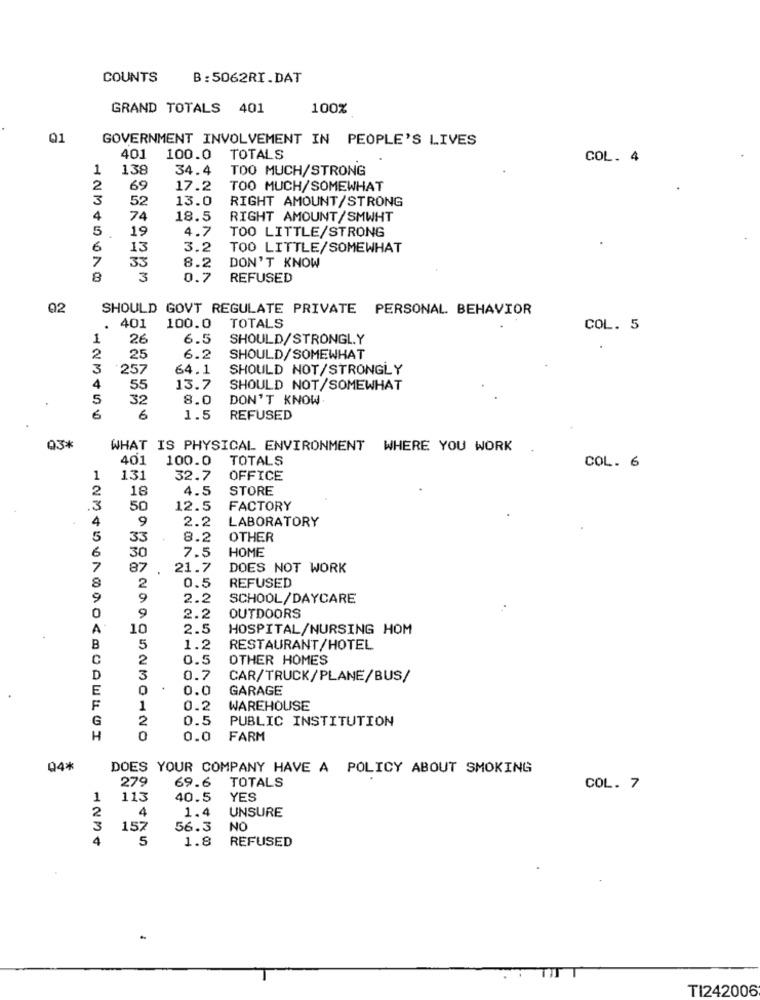
COUNTS
B: 5062RI.DAT
GRAND TOTALS 401
100%
Q1
GOVERNMENT INVOLVEMENT IN PEOPLE'S LIVES
401
100.0 TOTALS
COL. 4
1
138
34.4
TOO MUCH/STRONG
2
69
17.2
TOO MUCH/SOMEWHAT
3
52
13.0
RIGHT AMOUNT/STRONG
4
74
18.5
RIGHT AMOUNT/SMWHT
5
19
4.7
TOO LITTLE/STRONG
.
6
13
3.2
TOO LITTLE/SOMEWHAT
7
33
8.2
DON'T KNOW
8
3
0.7
REFUSED
02
SHOULD GOVT REGULATE PRIVATE PERSONAL BEHAVIOR
401
100.0
TOTALS
COL. 5
26
6.5
SHOULD/STRONGLY
2
25
6.2
SHOULD/SOMEWHAT
3
257
64.1
SHOULD NOT/STRONGLY
4
55
13.7
SHOULD NOT/SOMEWHAT
5
32
8.0
DON'T KNOW.
6
6
1.5
REFUSED
03*
WHAT IS PHYSICAL ENVIRONMENT WHERE YOU WORK
401
100.0
TOTALS
COL. 6
1
131
32.7
OFFICE
2
18
4.5
STORE
50
12.5
FACTORY
4
9
2.2
LABORATORY
5
33
8.2
OTHER
7.5
HOME
6
30
7
87
21.7
DOES NOT WORK
0.5
8
2
REFUSED
9
9
2.2
SCHOOL/DAYCARE
0
9
2.2
OUTDOORS
A
10
2.5
HOSPITAL/NURSING HOM
B
5
1.2
RESTAURANT/HOTEL
C
0.5
OTHER HOMES
2
D
3
0.7
CAR/TRUCK/PLANE/BUS/
E
0
0.0
GARAGE
F
1
0.2
WAREHOUSE
G
2
0.5
PUBLIC INSTITUTION
H
0
0.0
FARM
04*
DOES YOUR COMPANY HAVE A POLICY ABOUT SMOKING
279
69.6
TOTALS
COL. 7
113
40.5
YES
4
1.4
UNSURE
3
157
56.3
NO
4
5
1.8 REFUSED
TI242006